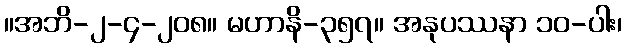
။အဘိ-၂-၄-၂၀၈။ မဟာနိ-၃၅၇။ အနုပဿနာ ၁၀-ပါး၊